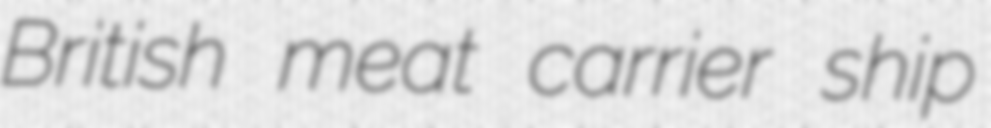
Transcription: British meat carrier ship